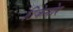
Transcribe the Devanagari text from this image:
टिकेनोर